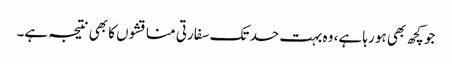
جو کچھ بھی ہو رہا ہے، وہ بہت حد تک سفارتی مناقشوں کا بھی نتیجہ ہے۔